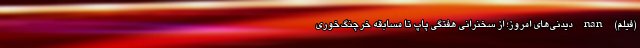
(فیلم) nan دیدنی‌های امروز؛ از سخنرانی هفتگی پاپ تا مسابقه خرچنگ‌خوری